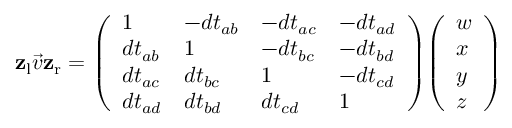
\mathbf { z } _ { \mathrm { { l } } } { \vec { v } } \mathbf { z } _ { \mathrm { { r } } } = { \left( \begin{array} { l l l l } { 1 } & { - d t _ { a b } } & { - d t _ { a c } } & { - d t _ { a d } } \\ { d t _ { a b } } & { 1 } & { - d t _ { b c } } & { - d t _ { b d } } \\ { d t _ { a c } } & { d t _ { b c } } & { 1 } & { - d t _ { c d } } \\ { d t _ { a d } } & { d t _ { b d } } & { d t _ { c d } } & { 1 } \end{array} \right) } { \left( \begin{array} { l } { w } \\ { x } \\ { y } \\ { z } \end{array} \right) }